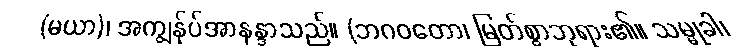
(မယာ)၊ အကျွန်ုပ်အာနန္ဒာသည်။ (ဘဂဝတော၊ မြတ်စွာဘုရား၏။ သမ္မုခါ၊